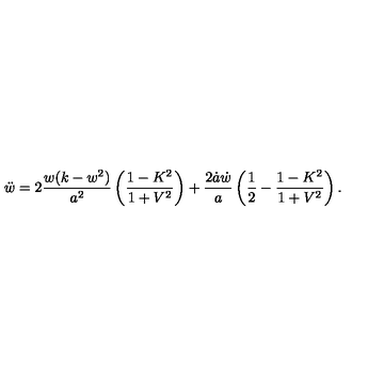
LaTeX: \ddot { w } = 2 \frac { w ( k - w ^ { 2 } ) } { a ^ { 2 } } \left( \frac { 1 - K ^ { 2 } } { 1 + V ^ { 2 } } \right) + \frac { 2 \dot { a } \dot { w } } { a } \left( \frac 1 2 - \frac { 1 - K ^ { 2 } } { 1 + V ^ { 2 } } \right) .